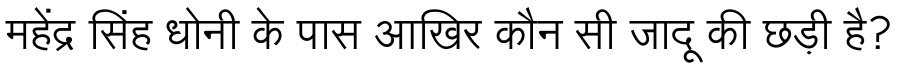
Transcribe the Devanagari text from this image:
महेंद्र सिंह धोनी के पास आखिर कौन सी जादू की छड़ी है?